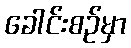
ခေါင်းစဉ်မှာ